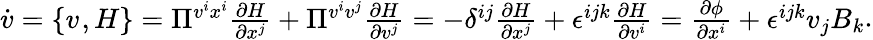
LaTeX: \begin{array}{r}{\dot{v}=\{ v^{},H\} =\Pi^{v^{i}x^{i}}\frac{\partial H}{\partial x^{j}}+\Pi^{v^{i}v^{j}}\frac{\partial H}{\partial v^{j}}=-\delta^{ij}\frac{\partial H}{\partial x^{j}}+\epsilon^{ijk}\frac{\partial H}{\partial v^{i}}=\frac{\partial\phi}{\partial x^{i}}+\epsilon^{ijk}v_{j}B_{k}}\end{array}.